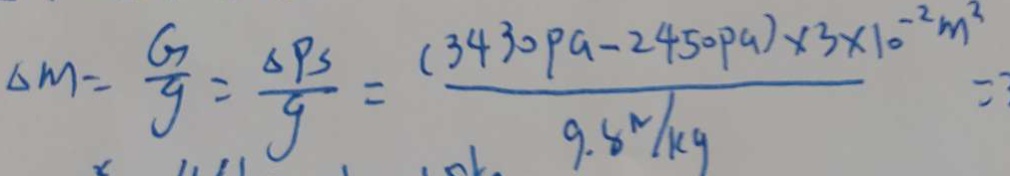
\Delta m = \frac { G } { g } = \frac { \Delta P S } { g } = \frac { ( 3 4 3 0 p a - 2 4 5 0 p a ) \times 3 \times 1 0 ^ { - 2 } m ^ { 2 } } { 9 . 8 N / k g } =